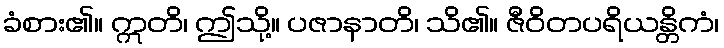
ခံစား၏။ ဣတိ၊ ဤသို့။ ပဇာနာတိ၊ သိ၏။ ဇီဝိတပရိယန္တိကံ၊